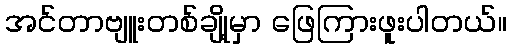
အင်တာဗျူးတစ်ချို့မှာ ဖြေကြားဖူးပါတယ်။